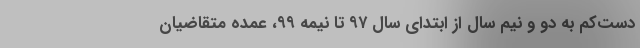
دست‌کم به دو و نیم سال از ابتدای سال ۹۷ تا نیمه ۹۹، عمده متقاضیان